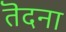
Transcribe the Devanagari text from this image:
तॆदना